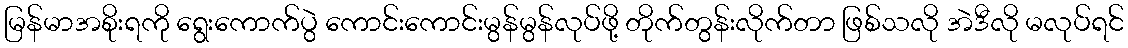
မြန်မာအစိုးရကို ရွေးကောက်ပွဲ ကောင်းကောင်းမွန်မွန်လုပ်ဖို့ တိုက်တွန်းလိုက်တာ ဖြစ်သလို အဲဒီလို မလုပ်ရင်